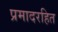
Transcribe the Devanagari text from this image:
प्रमादरहित